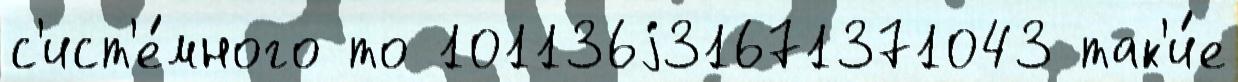
с'ист'е́много то 101136j31671371043 так'и́е